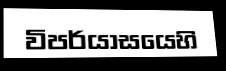
විපර්යාසයෙහි